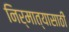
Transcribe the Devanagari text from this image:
निर्मात्यासाठी